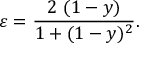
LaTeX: \varepsilon = \frac { 2 \ ( 1 - y ) } { 1 + ( 1 - y ) ^ { 2 } } .